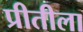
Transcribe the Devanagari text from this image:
प्रीतीला